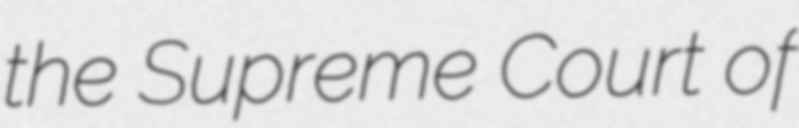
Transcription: the Supreme Court of